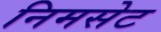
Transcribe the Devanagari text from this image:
निमसेट